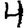
Digit: 4